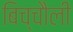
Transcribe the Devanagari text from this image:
बिच्चौली